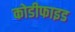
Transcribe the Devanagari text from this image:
कोडीफाइड